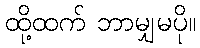
ထို့ထက် ဘာမျှမပို။